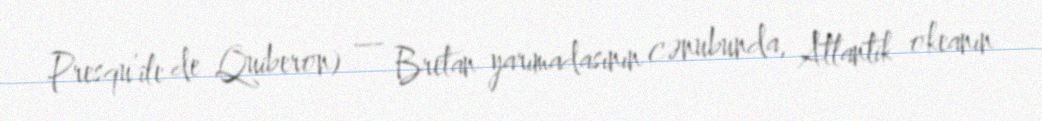
Presqu’île de Quiberon) — Bretan yarımadasının cənubunda, Atlantik okeanın